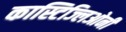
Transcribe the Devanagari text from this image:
कास्टिज्लिओनी